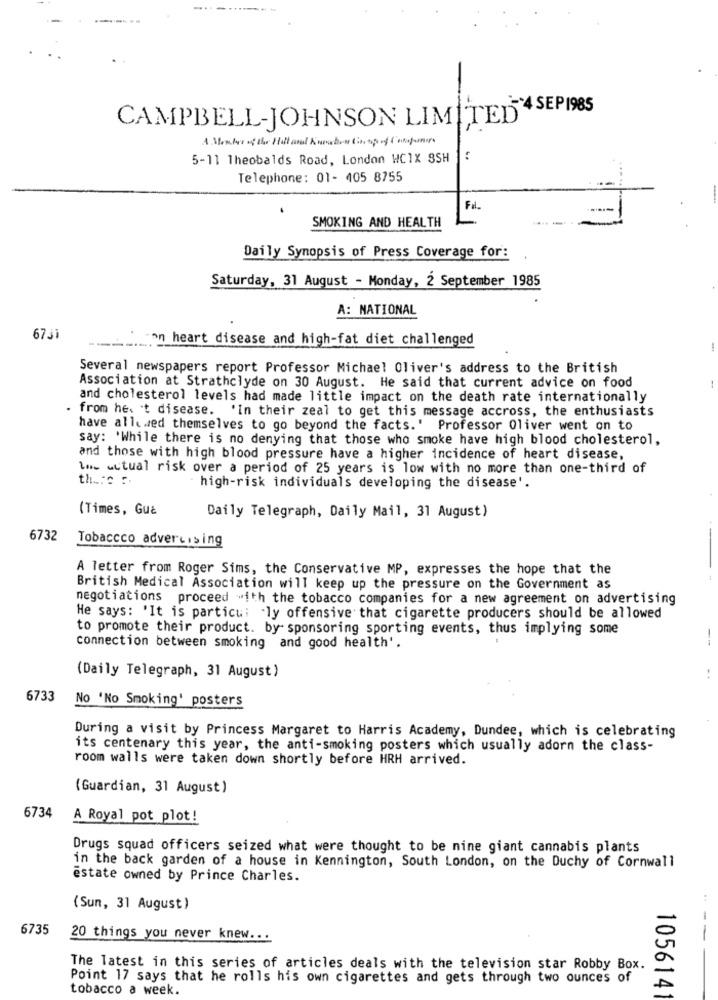
CAMPBELL-JOHNSON LIMITED"4 SEP1985
5-11 Theobalds Road, London WC1X SSH
Telephone: 01- 405 8755
Fal.
SMOKING AND HEALTH
Daily Synopsis of Press Coverage for:
Saturday, 31 August - Monday, 2 September 1985
A: NATIONAL
6731
on heart disease and high-fat diet challenged
-
Several newspapers report Professor Michael Oliver's address to the British
Association at Strathclyde on 30 August. He said that current advice on food
and cholesterol levels had made little impact on the death rate internationally
. from hes 't disease. 'In their zeal to get this message accross, the enthusiasts
have allowed themselves to go beyond the facts.' Professor Oliver went on to
say: 'While there is no denying that those who smoke have high blood cholesterol,
and those with high blood pressure have a higher incidence of heart disease,
to actual risk over a period of 25 years is low with no more than one-third of
th ... c .
high-risk individuals developing the disease'.
(Times, Gu&
Daily Telegraph, Daily Mail, 31 August)
6732
Tobaccco advertising
A letter from Roger Sims, the Conservative MP, expresses the hope that the
British Medical Association will keep up the pressure on the Government as
negotiations proceed with the tobacco companies for a new agreement on advertising
He says: 'It is particui .ly offensive that cigarette producers should be allowed
to promote their product. by sponsoring sporting events, thus implying some
connection between smoking and good health'.
(Daily Telegraph, 31 August)
6733
No 'No Smoking' posters
During a visit by Princess Margaret to Harris Academy, Dundee, which is celebrating
its centenary this year, the anti-smoking posters which usually adorn the class-
room walls were taken down shortly before HRH arrived.
(Guardian, 31 August )
6734
A Royal pot plot!
Drugs squad officers seized what were thought to be nine giant cannabis plants
in the back garden of a house in Kennington, South London, on the Duchy of Cornwall
estate owned by Prince Charles.
(Sun, 31 August)
6735
20 things you never knew ...
The latest in this series of articles deals with the television star Robby Box.
Point 17 says that he rolls his own cigarettes and gets through two ounces of
tobacco a week.
1056141